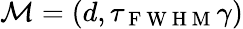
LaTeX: \mathcal{M}=(d,\tau_{\mathrm{~F~W~H~M~}}\gamma)